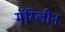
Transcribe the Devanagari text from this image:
मॅरिलीन